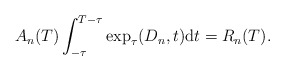
\begin{align*} A_{n}(T) \int_{-\tau}^{T - \tau} \exp_{\tau}(D_{n}, t) \mathrm{d}t = R_{n}(T). \end{align*}